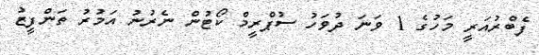
ފެބްރުއަރީ މަހުގެ 1 ވަނަ ދުވަހު ސުޕްރީމް ކޯޓުން ނެރުނު އަމުރު ތަންފީޒު